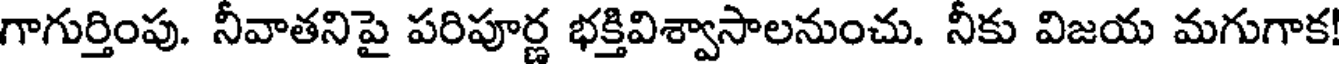
గాగుర్తింపు. నీవాతనిపై పరిపూర్ణ భక్తివిశ్వాసాలనుంచు. నీకు విజయ మగుగాక